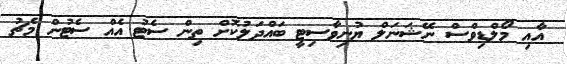
އާއި މޯލްޑިވްސް ނޭޝަނަލް ޔުނިވާސިޓީ ބައްދަލުކޮށް ތިން ސެޓު އެއް ސެޓުން މެޗު